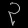
Digit: ၃